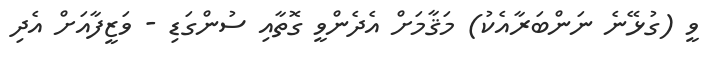
ވީ (ގުޅޭނެ ނަންބަރާއެކު) މަޤާމަށް އެދެންވީ ގޮތާއި ސުންގަޑި - ވަޒީފާއަށް އެދި